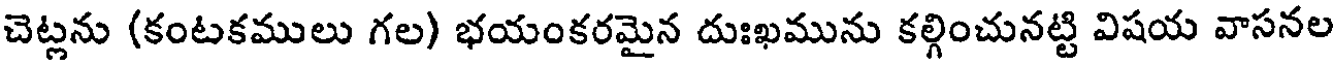
చెట్లను (కంటకములు గల) భయంకరమైన దుఃఖమును కల్గించునట్టి విషయ వాసనల